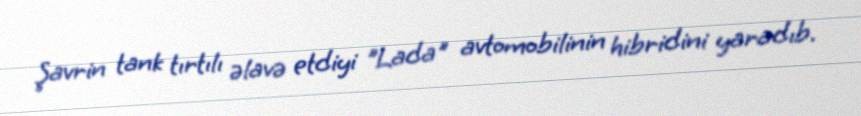
Şavrin tank tırtılı əlavə etdiyi "Lada" avtomobilinin hibridini yaradıb.